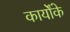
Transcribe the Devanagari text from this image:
कार्योंके